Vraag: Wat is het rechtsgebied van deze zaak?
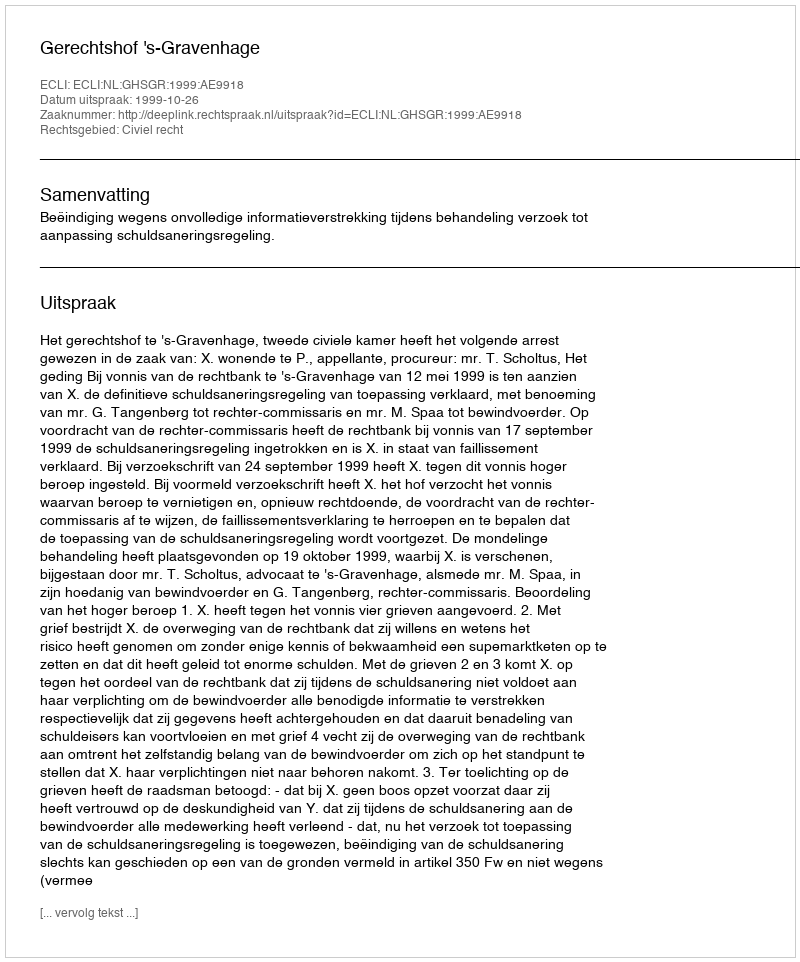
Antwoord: Civiel recht